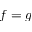
f = g